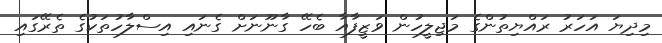
މިދިޔަ އަހަރު ރައްޔިތުންގެ މަޖިލީހުން ވަޒީފާއާ ބެހޭ ގާނޫނަށް ގެނައި އިސްލާހުތަކުގެ ތެރޭގައި